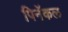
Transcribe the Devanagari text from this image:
पिनॅकल